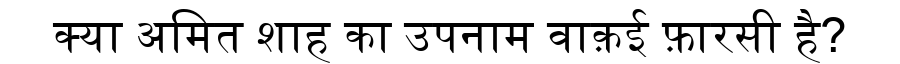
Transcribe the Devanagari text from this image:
क्या अमित शाह का उपनाम वाक़ई फ़ारसी है?